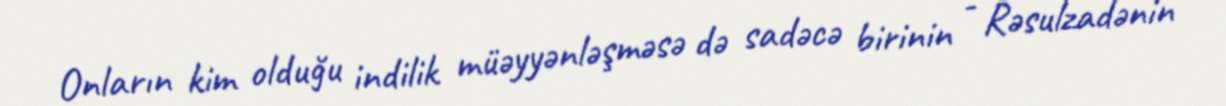
Onların kim olduğu indilik müəyyənləşməsə də sadəcə birinin - Rəsulzadənin